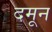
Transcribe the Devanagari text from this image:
दमून